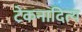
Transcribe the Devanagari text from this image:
टेकनादित्य